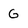
Character: G